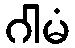
ဂါမံ